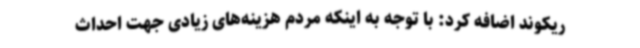
ریکوند اضافه کرد: با توجه به اینکه مردم هزینه‌های زیادی جهت احداث